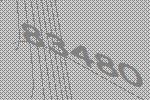
83480